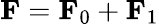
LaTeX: \mathbf{F}=\mathbf{F}_{0}+\mathbf{F}_{1}